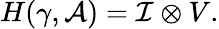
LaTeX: H(\gamma,{\cal A})={\cal{I}}\otimes V.